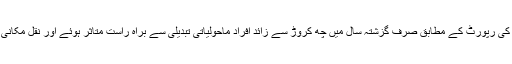
اقوام متحدہ کی رپورٹ کے مطابق صرف گزشتہ سال میں چھ کروڑ سے زائد افراد ماحولیاتی تبدیلی سے براہ راست متاثر ہوئے اور نقل مکانی کرنا پڑی۔